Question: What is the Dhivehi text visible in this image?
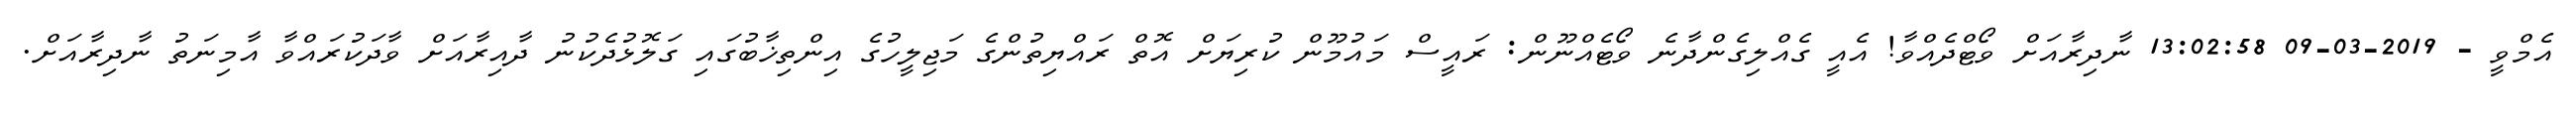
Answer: އެމްވީ - 2019-03-09 13:02:58 ނާދިރާއަށް ވޯޓްދެއްވާ! އެއީ ގެއްލިގެންދާނެ ވޯޓެއްނޫން: ރައީސް މައުމޫން ކުރިޔަށް އޮތް ރައްޔިތުންގެ މަޖިލީހުގެ އިންތިޚާބުގައި ގަލޮޅުދެކުނު ދާއިރާއަށް ވާދަކުރައްވާ އާމިނަތު ނާދިރާއަށް.